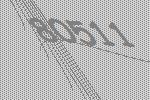
80511